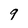
Character: 9